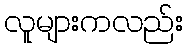
လူများကလည်း